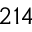
2 1 4